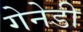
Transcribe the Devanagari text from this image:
गेनेडी